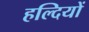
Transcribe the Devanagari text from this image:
हल्दियों